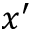
x ^ { \prime }